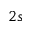
2 s